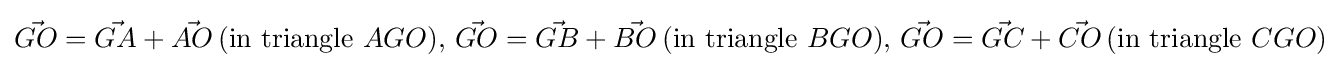
{\vec {GO}}={\vec {GA}}+{\vec {AO}}\,{\mbox{(in triangle }}AGO{\mbox{)}},\,{\vec {GO}}={\vec {GB}}+{\vec {BO}}\,{\mbox{(in triangle }}BGO{\mbox{)}},\,{\vec {GO}}={\vec {GC}}+{\vec {CO}}\,{\mbox{(in triangle }}CGO{\mbox{)}}